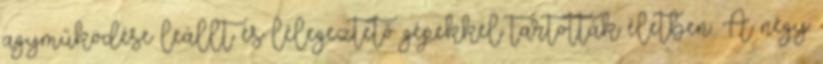
agyműködése leállt és lélegeztető gépekkel tartották életben. A négy